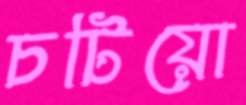
চটিয়ো